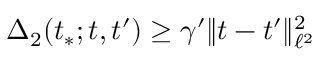
\Delta _ { 2 } ( t _ { * } ; t , t ^ { \prime } ) \geq \gamma ^ { \prime } \Vert t - t ^ { \prime } \Vert _ { \ell ^ { 2 } } ^ { 2 }